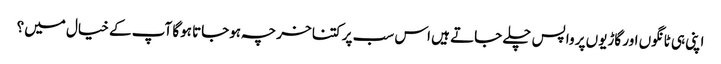
اپنی ہی ٹانگوں اور گاڑیوں پر واپس چلے جاتے ہیں اس سب پر کتنا خرچہ ہوجاتا ہوگا آپ کے خیال میں؟